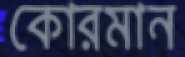
কোরমান